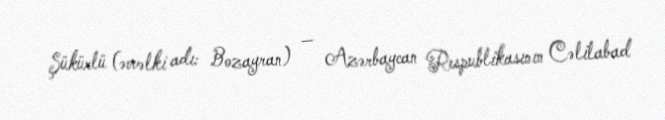
Şükürlü (əvvəlki adı: Bozayran) — Azərbaycan Respublikasının Cəlilabad